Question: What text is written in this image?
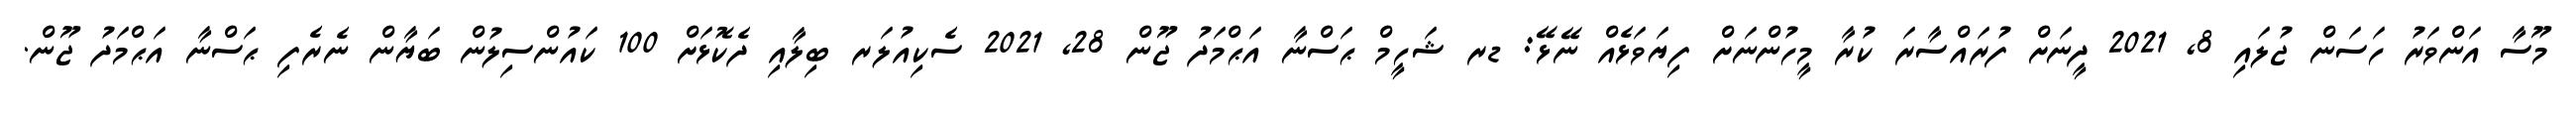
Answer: މޫސާ އަންވަރު ހަސަން ޖުލައި 8, 2021 ދީނަށް ފުރައްސާރަ ކުރާ މީހުންނަށް ފިޔަވަޅެއް ނޭޅޭ: ޑރ ޝަހީމް ޙަސްނާ އަޙްމަދު ޖޫން 28, 2021 ސެކިއުލަރ ބިލާއި ދެކޮޅަށް 100 ކައުންސިލުން ބަޔާން ނެރެފި ޙަސްނާ އަޙްމަދު ޖޫން.